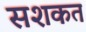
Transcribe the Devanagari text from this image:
सशकत